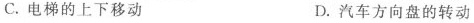
C.电梯的上下移动 D.汽车方向盘的转动